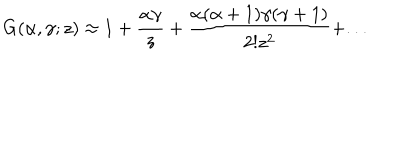
G ( { \alpha } , { \gamma } ; z ) \approx 1 + \frac { { \alpha } { \gamma } } { z } + \frac { { \alpha } ( { \alpha } + 1 ) { \gamma } ( { \gamma } + 1 ) } { 2 ! z ^ { 2 } } + . . .